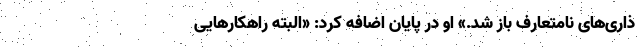
ذاری‌های نامتعارف باز شد.» او در پایان اضافه کرد: «البته راهکارهایی